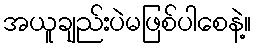
အယူချည်းပဲမဖြစ်ပါစေနဲ့။